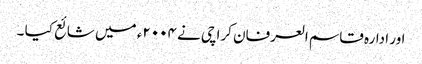
اور ادارہ قاسم العرفان کراچی نے ۲۰۰۴ء میں شائع کیا ۔